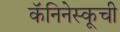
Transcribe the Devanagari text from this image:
कॅनिनेस्कूची